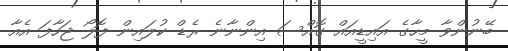
ބޭނުންވާ މީހާގެ އައިޑީއައް ގޮއްސަ އިންނާނެ ރެޑް ކުލައިން ފޮލޯ ޖަހާފަ އެއާ